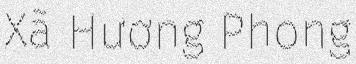
Xã Hương Phong